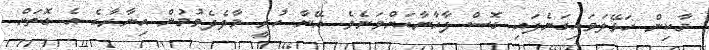
މާކިން ހަޅޭލަވައިގަނެފައި ގޮސް ފާޚާނާއަށްވަނެވެ. އޭނާ ހުރީ މާލެދެވުމުން އިނާރާގެ އެ ގޮތަށް